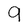
Character: 9